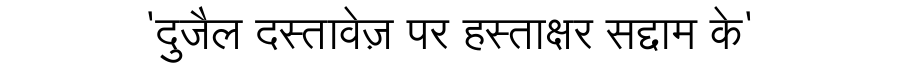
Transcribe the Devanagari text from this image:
'दुजैल दस्तावेज़ पर हस्ताक्षर सद्दाम के'